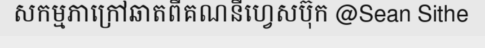
សកម្មភាក្រៅឆាតពីគណនីហ្វេសប៊ុក @Sean Sithe